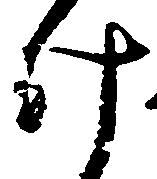
け